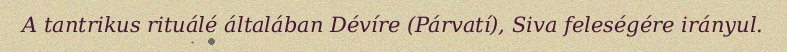
A tantrikus rituálé általában Dévíre (Párvatí), Siva feleségére irányul.